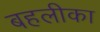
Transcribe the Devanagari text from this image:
बहलीका